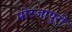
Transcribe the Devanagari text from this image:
मीरजापुरी